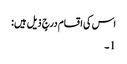
اس کی اقسام درجٍ ذیل ہیں:
1۔